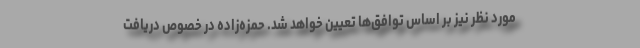
مورد نظر نیز بر اساس توافق‌ها تعیین خواهد شد. حمزه‌زاده در خصوص دریافت